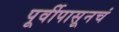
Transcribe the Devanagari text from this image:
पूर्वीपासूनचं